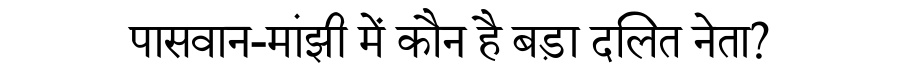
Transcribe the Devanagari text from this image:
पासवान-मांझी में कौन है बड़ा दलित नेता?